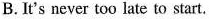
B. It's never too late to start.